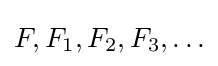
F,F_{1},F_{2},F_{3},\ldots